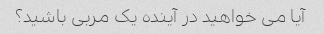
آیا می خواهید در آینده یک مربی باشید؟